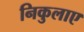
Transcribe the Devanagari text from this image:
निकुलाए